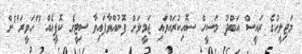
މަޖިލީހުގެ ރައީސް އަބްދު މަސީހް ސޮއިކުރައްވައި ޖަމީލަށް ފޮނުއްވާފައިވާ ސިޓީގެ ކޮޕީއެއް "ހަވީރަ"ށް